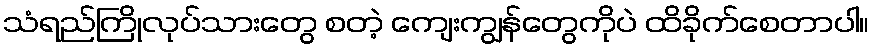
သံရည်ကြိုလုပ်သားတွေ စတဲ့ ကျေးကျွန်တွေကိုပဲ ထိခိုက်စေတာပါ။